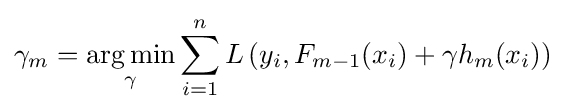
\gamma _{m}={\underset {\gamma }{\operatorname {arg\,min} }}\sum _{i=1}^{n}L\left(y_{i},F_{m-1}(x_{i})+\gamma h_{m}(x_{i})\right)